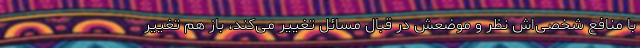
با منافع شخصی‌اش نظر و موضعش در قبال مسائل تغییر می‌کند، باز هم تغییر